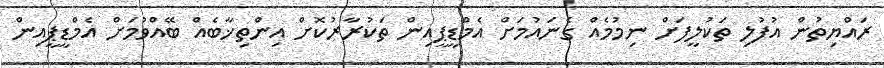
ރައްޔިތުން އުފުލި ތަކުލީފަށް ނިމުމެއް ގެނައުމަށް އެމްޑީޕީއިން ތަކުރާރުކޮށް އިންތިޚާބެއް ބޭއްވުމަށް އެމްޑީޕީއިން